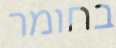
בחומר